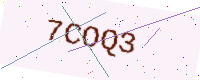
Text: 7COQ3